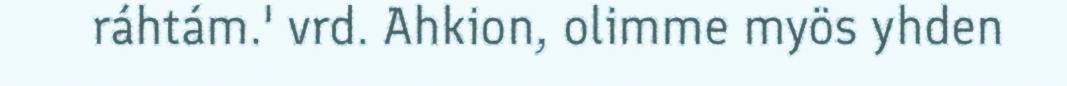
ráhtám.' vrd. Ahkion, olimme myös yhden